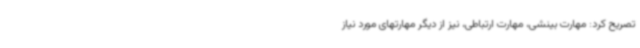
تصریح کرد: مهارت بینشی، مهارت ارتباطی، نیز از دیگر مهارتهای مورد نیاز